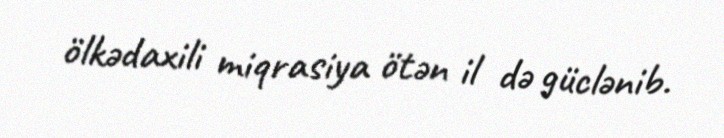
ölkədaxili miqrasiya ötən il də güclənib.